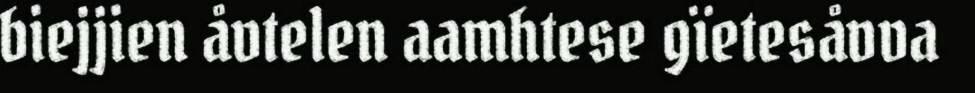
biejjien åvtelen aamhtese gïetesåvva